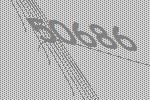
50686